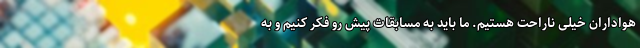
هواداران خیلی ناراحت هستیم. ما باید به مسابقات پیش رو فکر کنیم و به